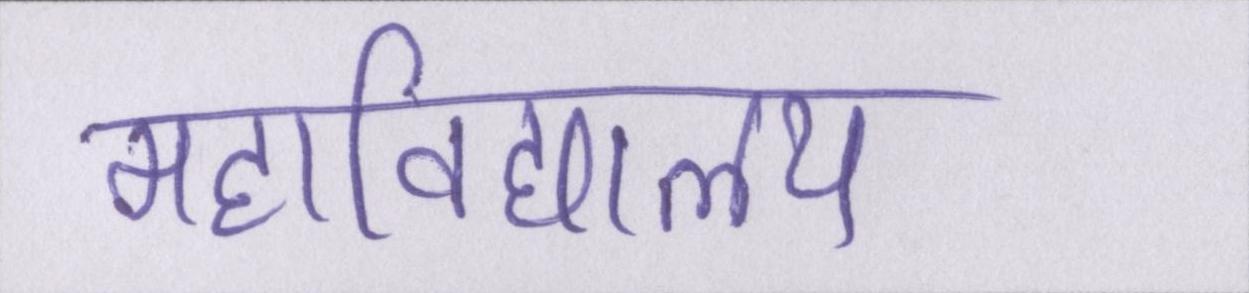
महाविद्यालय